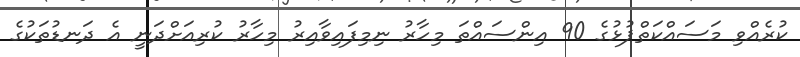
ކުރެއްވި މަސައްކަތްޕުޅުގެ 90 އިންސައްތަ މިހާރު ނިމިފައިވާއިރު މިހާރު ކުރިއަށްދަނީ އެ ދަނޑުތަކުގެ